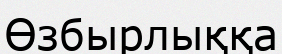
Өзбырлыққа